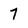
Character: 7